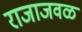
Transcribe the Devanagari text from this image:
राजाजवळ